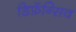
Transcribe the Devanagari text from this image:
डिफ़ॅन्सिव